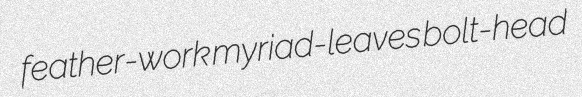
feather-work myriad-leaves bolt-head